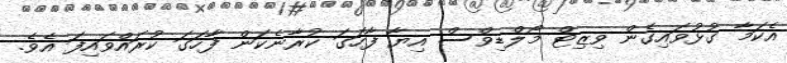
އެކަމާ ގުޅުވައިގެން ވިޒިޓް މޯލްޑިވްސް އިޔާ ފާހަގަ ކުރާނެކަން ފާހަގަ ކުރައްވައިފަ އެވެ.